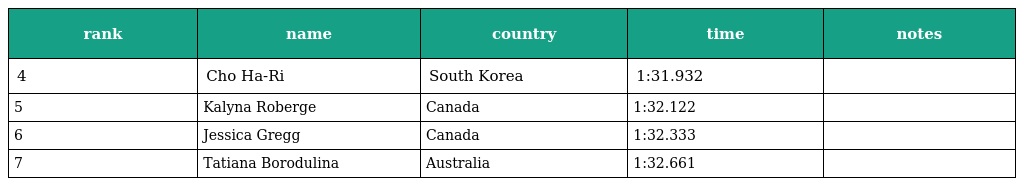
| rank | name | country | time | notes |
 | --- | --- | --- | --- | --- |
 | 4 | Cho Ha-Ri | South Korea | 1:31.932 |  |
 | 5 | Kalyna Roberge | Canada | 1:32.122 |  |
 | 6 | Jessica Gregg | Canada | 1:32.333 |  |
 | 7 | Tatiana Borodulina | Australia | 1:32.661 |  |